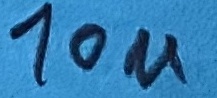
Text: 10u